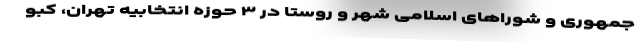
جمهوری و شوراهای اسلامی شهر و روستا در ۳ حوزه انتخابیه تهران، کبو